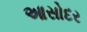
આસોદર